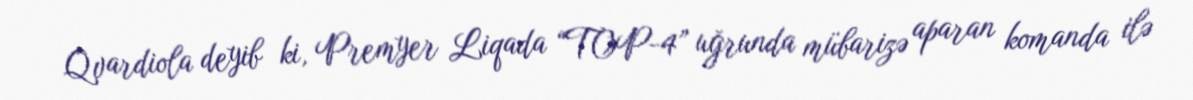
Qvardiola deyib ki, Premyer Liqada “TOP-4” uğrunda mübarizə aparan komanda ilə